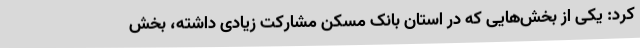
کرد: یکی از بخش‌هایی که در استان بانک مسکن مشارکت زیادی داشته، بخش